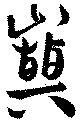
巓